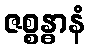
ဇစ္စန္ဓာနံ